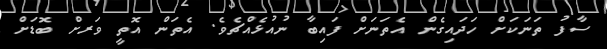
ސާފު ތަނަކަށް ހަދައިގެން އެތަނަށް ފައިބާ ނުއުޅެއްޗެވެ. އެތަން އޮތީ ވަރށް ބޮޑަށް